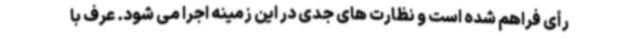
رأی فراهم شده است و نظارت های جدی در این زمینه اجرا می شود. عرف با